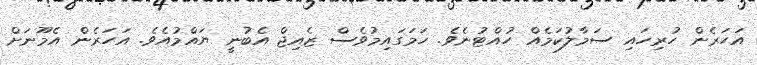
އަހަރެން ހުރިހައި ސަމާލުކަމެއް ހުއްޓުނެވެ. ހަމަގައިމުވެސް ޒެއިޖް އެބުނީ ޔައްމުއެވެ. އަހަރެން އެމޫނަށް